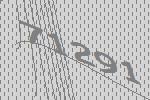
71291